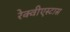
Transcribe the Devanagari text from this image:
रेक्वीएस्टास